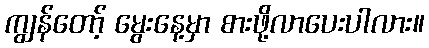
ကျွန်တော့် မွေးနေ့မှာ စားဖို့လာပေးပါလား။